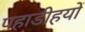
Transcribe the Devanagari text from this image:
पहाडीहयों